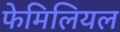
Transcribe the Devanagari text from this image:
फेमिलियल